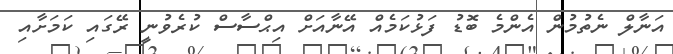
އަނާލް ނެތުމުން އެންމެ ބޮޑު ފަޅުކަމެއް އޭނާއަށް އިޙްސާސް ކުރެވުނީ ރޭގައި ކަމަށާއި